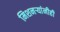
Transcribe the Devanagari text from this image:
मिशनर्‍यांनीही